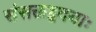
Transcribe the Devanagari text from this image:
संसक्तहृदयाः